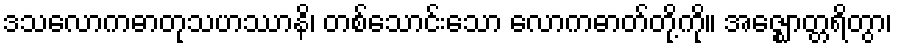
ဒသလောကဓာတုသဟဿာနိ၊ တစ်သောင်းသော လောကဓာတ်တို့ကို။ အဇ္ဈောတ္တရိတွာ၊